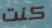
كنت